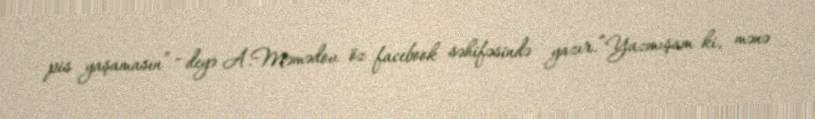
pis yaşamasın” - deyə A.Məmədov öz facebook səhifəsində yazır.“Yazmışam ki, mənə